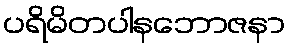
ပရိမိတပါနဘောဇနာ